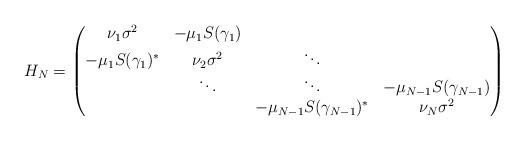
LaTeX: \begin{align*}H_N =\begin{pmatrix} \nu_1 \sigma^2 & - \mu_1S(\gamma_1) & & \\ - \mu_1 S(\gamma_1)^* & \nu_2 \sigma^2 & \ddots & \\ & \ddots & \ddots & -\mu_{N-1} S(\gamma_{N-1}) \\ & & -\mu_{N-1} S(\gamma_{N-1} )^* & \nu_N \sigma^2 \end{pmatrix} \, \end{align*}